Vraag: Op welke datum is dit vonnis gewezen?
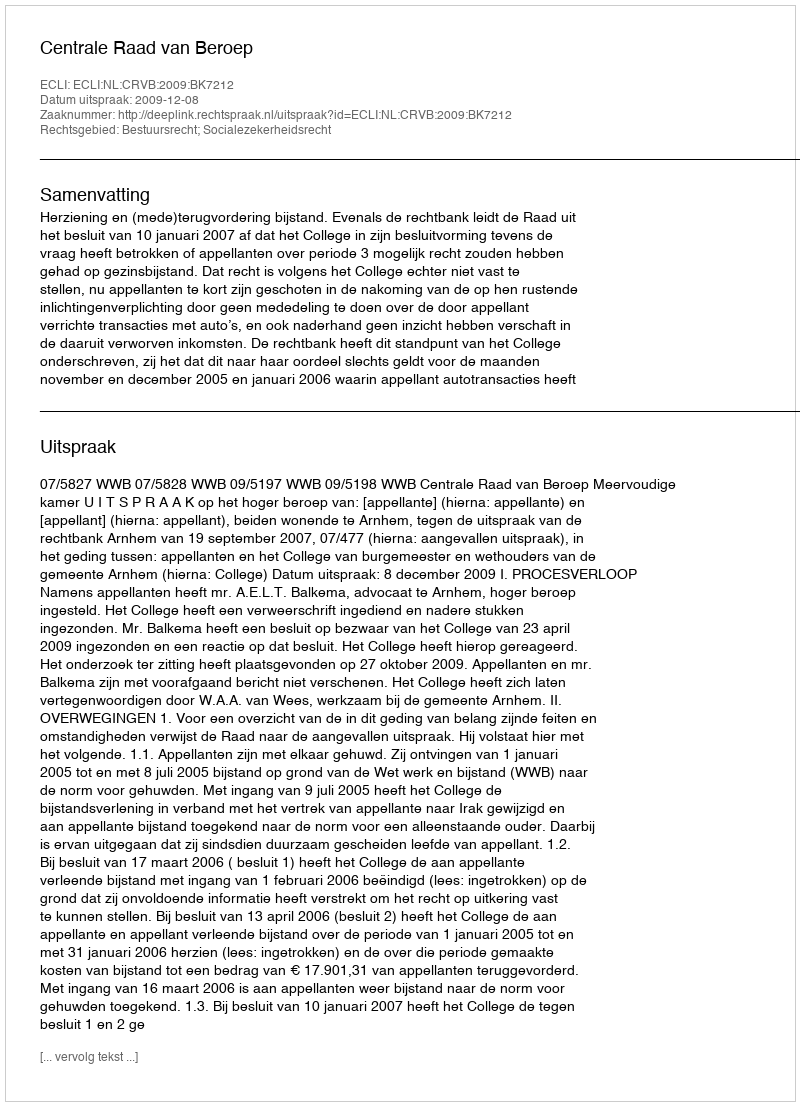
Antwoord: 2009-12-08